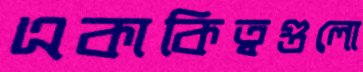
একাকিত্বগুলো